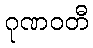
ဂုဏဝတီ